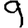
Digit: 9